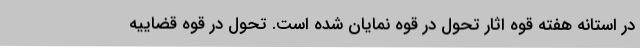
در استانه هفته قوه اثار تحول در قوه نمایان شده است. تحول در قوه قضاییه